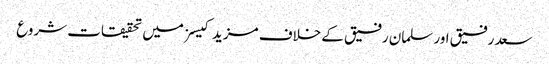
سعد رفیق اور سلمان رفیق کے خلاف مزید کیسز میں تحقیقات شروع